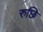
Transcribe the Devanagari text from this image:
रुछि